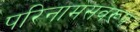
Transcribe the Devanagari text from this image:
परिनामसवरूप